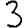
Digit: 3